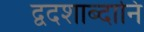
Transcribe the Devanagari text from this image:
द्वदशाब्दानि